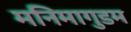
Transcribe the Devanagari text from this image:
मनिमागुडम